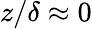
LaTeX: z/\delta\approx 0